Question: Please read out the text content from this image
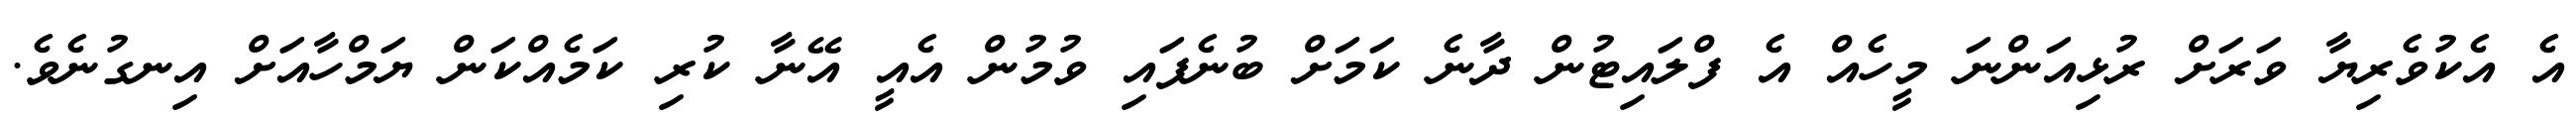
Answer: އެ އެކުވެރިޔާ ވަރަށް ރުޅިއަންނަ މީހެއް އެ ފްލައިޓުން ދާނެ ކަމަށް ބުނެފައި ވުމުން އެއީ އޭނާ ކުރި ކަމެއްކަން ޔަމްހާއަށް އިނގުނެވެ.